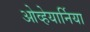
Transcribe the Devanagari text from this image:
ओव्हेयार्निया